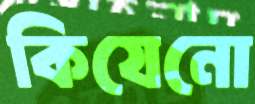
কিযেনো